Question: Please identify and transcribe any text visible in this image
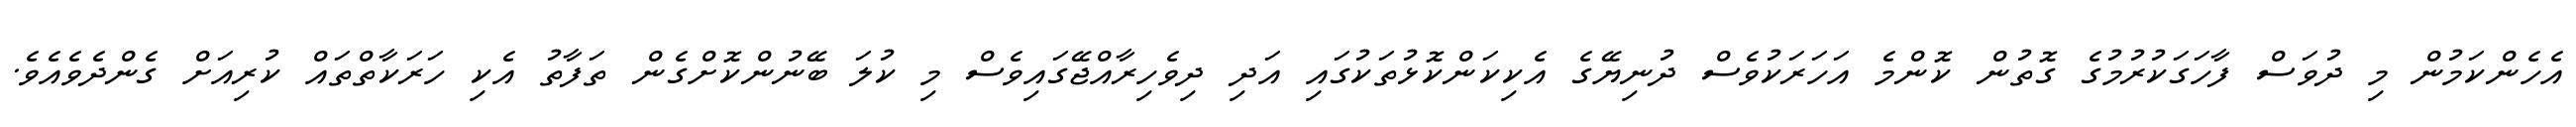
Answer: އެހެންކަމުން މި ދުވަސް ފާހަގަކުރުމުގެ ގޮތުން ކޮންމެ އަހަރަކުވެސް ދުނިޔޭގެ އެކިކަންކޮޅުތަކުގައި އަދި ދިވެހިރާއްޖޭގައިވެސް މި ކުލަ ބޭނުންކޮށްގެން ތަފާތު އެކި ހަރަކާތްތައް ކުރިއަށް ގެންދެވެއެވެ.